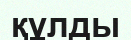
құлды